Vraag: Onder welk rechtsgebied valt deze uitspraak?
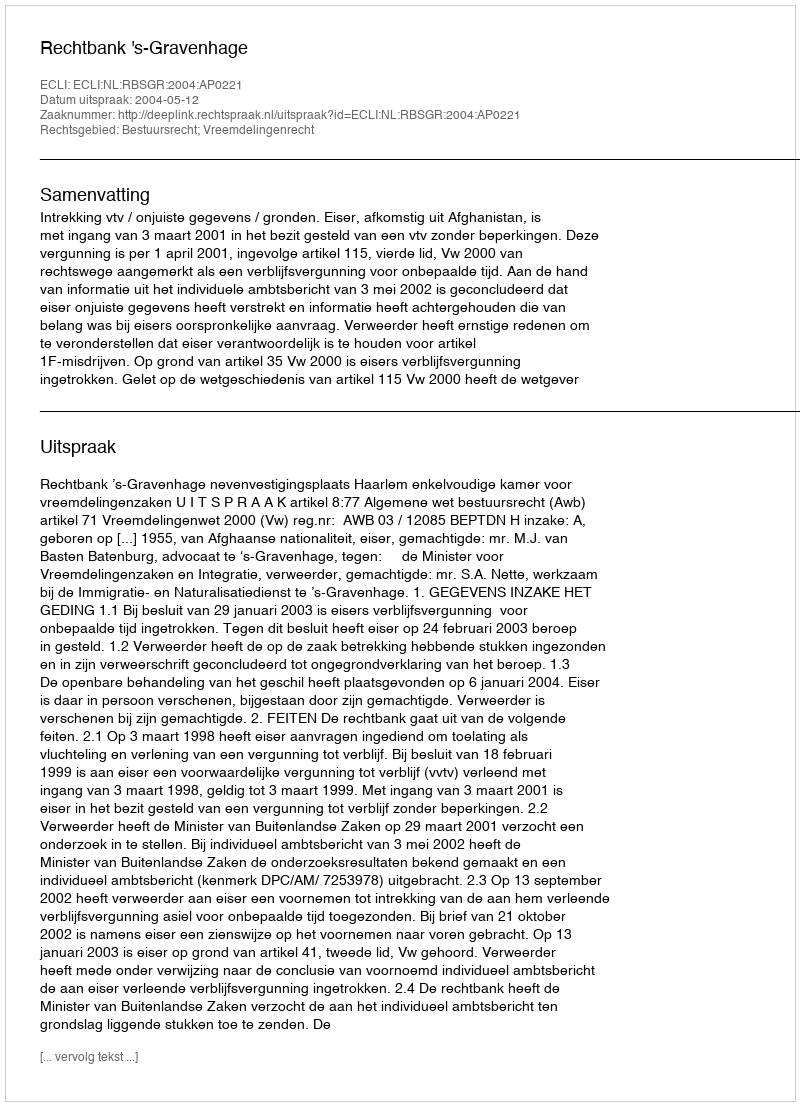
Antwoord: Bestuursrecht; Vreemdelingenrecht